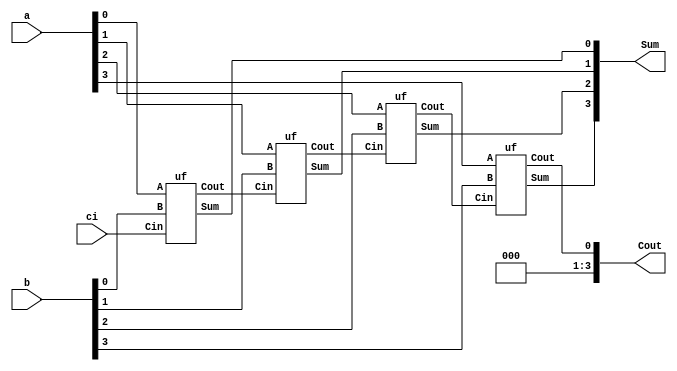
module rca(a,b,ci,Cout, Sum);
 input [3:0] a,b;
 input ci;
 output[3:0] Sum;
 output[3:0] Cout;
 wire[3:0] count;


 uf u0(a[0],b[0],ci,Sum[0],count[0]);
 uf u1(a[1],b[1],count[0],Sum[1],count[1]);
 uf u2(a[2],b[2],count[1],Sum[2],count[2]);
 uf u3(a[3],b[3],count[2],Sum[3],count[3]);
 
 assign Cout = count[3];

endmodule


module uf(A, B, Cin, Sum, Cout);
	input A, B, Cin;
	output Sum, Cout;
	
	wire X1;
	xor (X1, A, B);
	
	wire A1, A2;
	and (A1, A, B);
	and (A2, X1, Cin);
	
	wire F1, F2;
	xor (F1, X1, Cin);
	or (F2, A1, A2);
	
	assign Sum = F1;
	assign Cout = F2;
	
endmodule